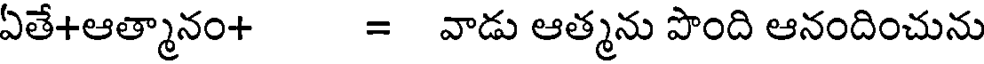
ఏతే+ఆత్మానం+ = వాడు ఆత్మను పొంది ఆనందించును